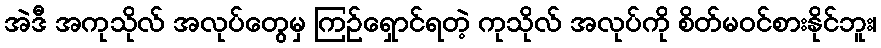
အဲဒီ အကုသိုလ် အလုပ်တွေမှ ကြဉ်ရှောင်ရတဲ့ ကုသိုလ် အလုပ်ကို စိတ်မဝင်စားနိုင်ဘူး၊